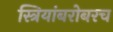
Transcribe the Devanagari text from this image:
स्त्रियांबरोबरच